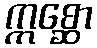
ဣစ္ဆော